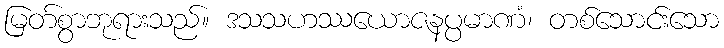
မြတ်စွာဘုရားသည်။ ဒသသဟဿယောဇနပ္ပမာဏံ၊ တစ်သောင်းသော